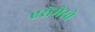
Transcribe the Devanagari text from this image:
एरोमेरचे